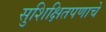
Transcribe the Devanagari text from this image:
सुशिक्षितपणाचे